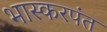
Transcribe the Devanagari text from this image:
भास्करपंत